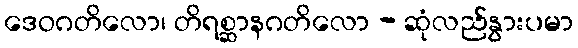
ဒေဝဂတိလော၊ တိရစ္ဆာနဂတိလော - ဆုံလည်နွားပမာ